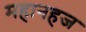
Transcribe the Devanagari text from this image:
महानहज